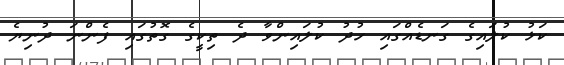
ކަޅު ކުލައިގެ ގަނޑެއްގައި ހުދު ކުލައިންވާ ދެ ތިކީގެ ގޮތުގައި ފެންނަ ދުނިޔެ